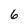
Character: 6